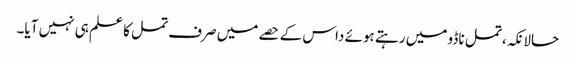
حالانکہ، تمل ناڈو میں رہتے ہوئے داس کے حصے میں صرف تمل کا علم ہی نہیں آیا۔